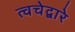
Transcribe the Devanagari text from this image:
त्वचेद्वारे